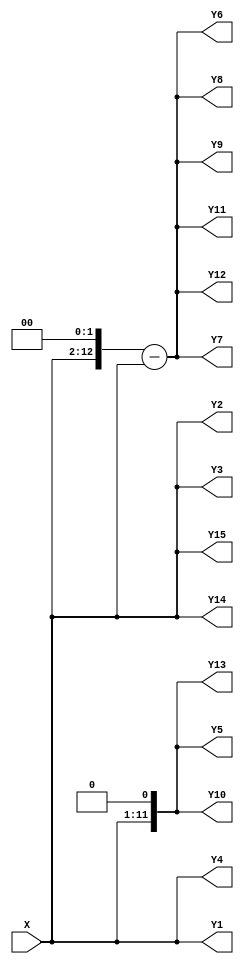
/*------------------------------------------------------------------------------
 * Date generated: 10/02/2023
 * Date modified: 08/05/2023
 * Description: MCM filter for 1/16 precision coefficients - Tap 5
 *------------------------------------------------------------------------------ */

module t5_affine_11 (
    X,
    Y1,
    Y2,
    Y3,
    Y4,
    Y5,
    Y6,
    Y7,
    Y8,
    Y9,
    Y10,
    Y11,
    Y12,
    Y13,
    Y14,
    Y15
);


// ------------------------------------------
// Port mode declarations
// ------------------------------------------
  input  signed [10:0] X;
  output signed [10:0]	 Y1;
  output signed [10:0]	 Y2;
  output signed [10:0]	 Y3;
  output signed [10:0]	 Y4;
  output signed [11:0]	 Y5;
  output signed [12:0]	 Y6;
  output signed [12:0]	 Y7;
  output signed [12:0]	 Y8;
  output signed [12:0]	 Y9;
  output signed [11:0]	 Y10;
  output signed [12:0]	 Y11;
  output signed [12:0]	 Y12;
  output signed [11:0]	 Y13;
  output signed [10:0]	 Y14;
  output signed [10:0]	 Y15;


// ------------------------------------------
// Wires declarations
// ------------------------------------------
  wire signed [10:0] w1;
  wire signed [12:0] w4;
  wire signed [12:0] w3;
  wire signed [11:0] w2;
	 
	 
// ------------------------------------------
// Combinational logic
// ------------------------------------------
  assign w1 = X;
  assign w4 = w1 << 2;
  assign w3 = w4 - w1;
  assign w2 = w1 << 1;

  
// ------------------------------------------
// Outputs
// ------------------------------------------
  assign Y1 = w1;
  assign Y2 = w1;
  assign Y3 = w1;
  assign Y4 = w1;
  assign Y5 = w2;
  assign Y6 = w3;
  assign Y7 = w3;
  assign Y8 = w3;
  assign Y9 = w3;
  assign Y10 = w2;
  assign Y11 = w3;
  assign Y12 = w3;
  assign Y13 = w2;
  assign Y14 = w1;
  assign Y15 = w1;

endmodule //t5_affine_11